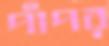
পাঁপর